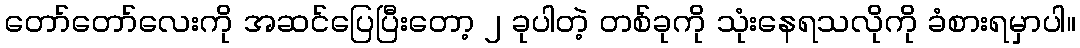
တော်တော်လေးကို အဆင်ပြေပြီးတော့ ၂ ခုပါတဲ့ တစ်ခုကို သုံးနေရသလိုကို ခံစားရမှာပါ။